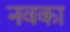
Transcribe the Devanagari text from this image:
नवका